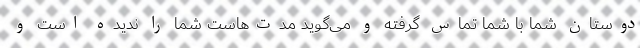
دوستان شما با شما تماس گرفته و می‌گوید مدت‌هاست شما را ندیده است و